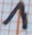
Text: 1